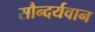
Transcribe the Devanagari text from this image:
सौन्दर्यवान